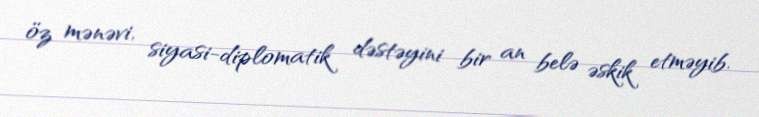
öz mənəvi, siyasi-diplomatik dəstəyini bir an belə əskik etməyib.